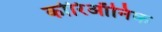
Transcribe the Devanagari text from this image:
कोरिऑनिक